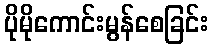
ပိုမိုကောင်းမွန်စေခြင်း